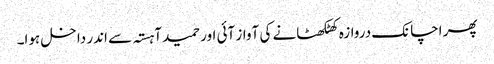
پھر اچانک دروازہ کھٹکھٹانے کی آواز آئی اور حمید آہستہ سے اندر داخل ہوا۔